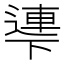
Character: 𠁎